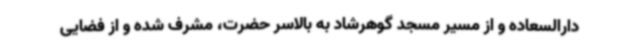
دارالسعاده و از مسیر مسجد گوهرشاد به بالاسر حضرت، مشرف شده و از فضایی